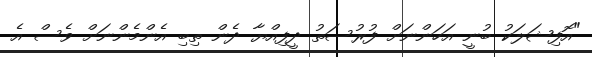
"އޮފިޝަލަކު ބުނީ އަހަންނަށް ފުރުސަތު ދީފިއްޔާ ދެން ތިބި އެންމެންނަށް ވެސް އެ